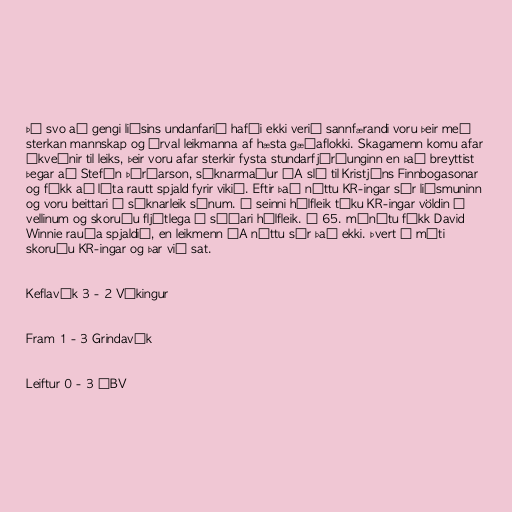
Þó svo að gengi liðsins undanfarið hafði ekki verið sannfærandi voru þeir með
sterkan mannskap og úrval leikmanna af hæsta gæðaflokki. Skagamenn komu afar
ákveðnir til leiks, þeir voru afar sterkir fysta stundarfjórðunginn en það breyttist
þegar að Stefán Þórðarson, sóknarmaður ÍA sló til Kristjáns Finnbogasonar
og fékk að líta rautt spjald fyrir vikið. Eftir það nýttu KR-ingar sér liðsmuninn
og voru beittari í sóknarleik sínum. Í seinni hálfleik tóku KR-ingar völdin á
vellinum og skoruðu fljótlega í síðari hálfleik. Á 65. mínútu fékk David
Winnie rauða spjaldið, en leikmenn ÍA nýttu sér það ekki. Þvert á móti
skoruðu KR-ingar og þar við sat.

Keflavík 3 - 2 Víkingur

Fram 1 - 3 Grindavík

Leiftur 0 - 3 ÍBV